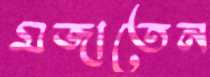
মজাতেন